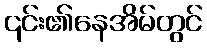
၎င်း၏နေအိမ်တွင်